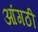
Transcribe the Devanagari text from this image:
आंगठी